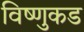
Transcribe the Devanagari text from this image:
विष्णुकड